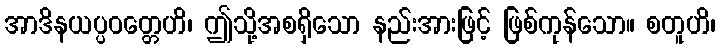
အာဒိနယပ္ပဝတ္တေဟိ၊ ဤသို့အစရှိသော နည်းအားဖြင့် ဖြစ်ကုန်သော။ စတူဟိ၊